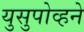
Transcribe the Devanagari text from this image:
युसुपोव्हने